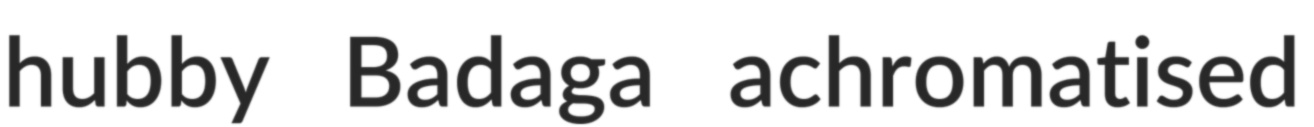
hubby Badaga achromatised